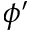
\phi ^ { \prime }